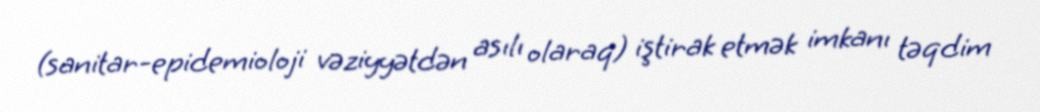
(sanitar-epidemioloji vəziyyətdən asılı olaraq) iştirak etmək imkanı təqdim